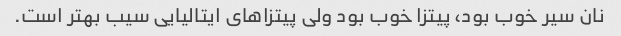
نان سیر خوب بود، پیتزا خوب بود ولی پیتزا‌های ایتالیایی سیب بهتر است.